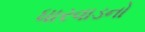
ધારવાડનો